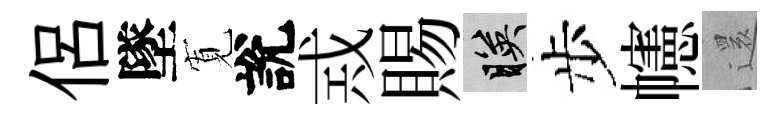
侶墜𡩖說𢦶賜映步幰𮟃